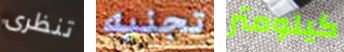
تنظرى تجنبه كيلومتر